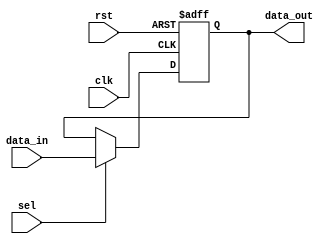
module xled (
		input   	    sel,
		input 		data_in,
		output  reg	data_out,		
		input 		clk,
		input 		rst

	);



always @ (posedge clk , posedge rst)
       if(rst)
	      data_out<=0;
      else if(sel)
	      data_out<=data_in;

endmodule